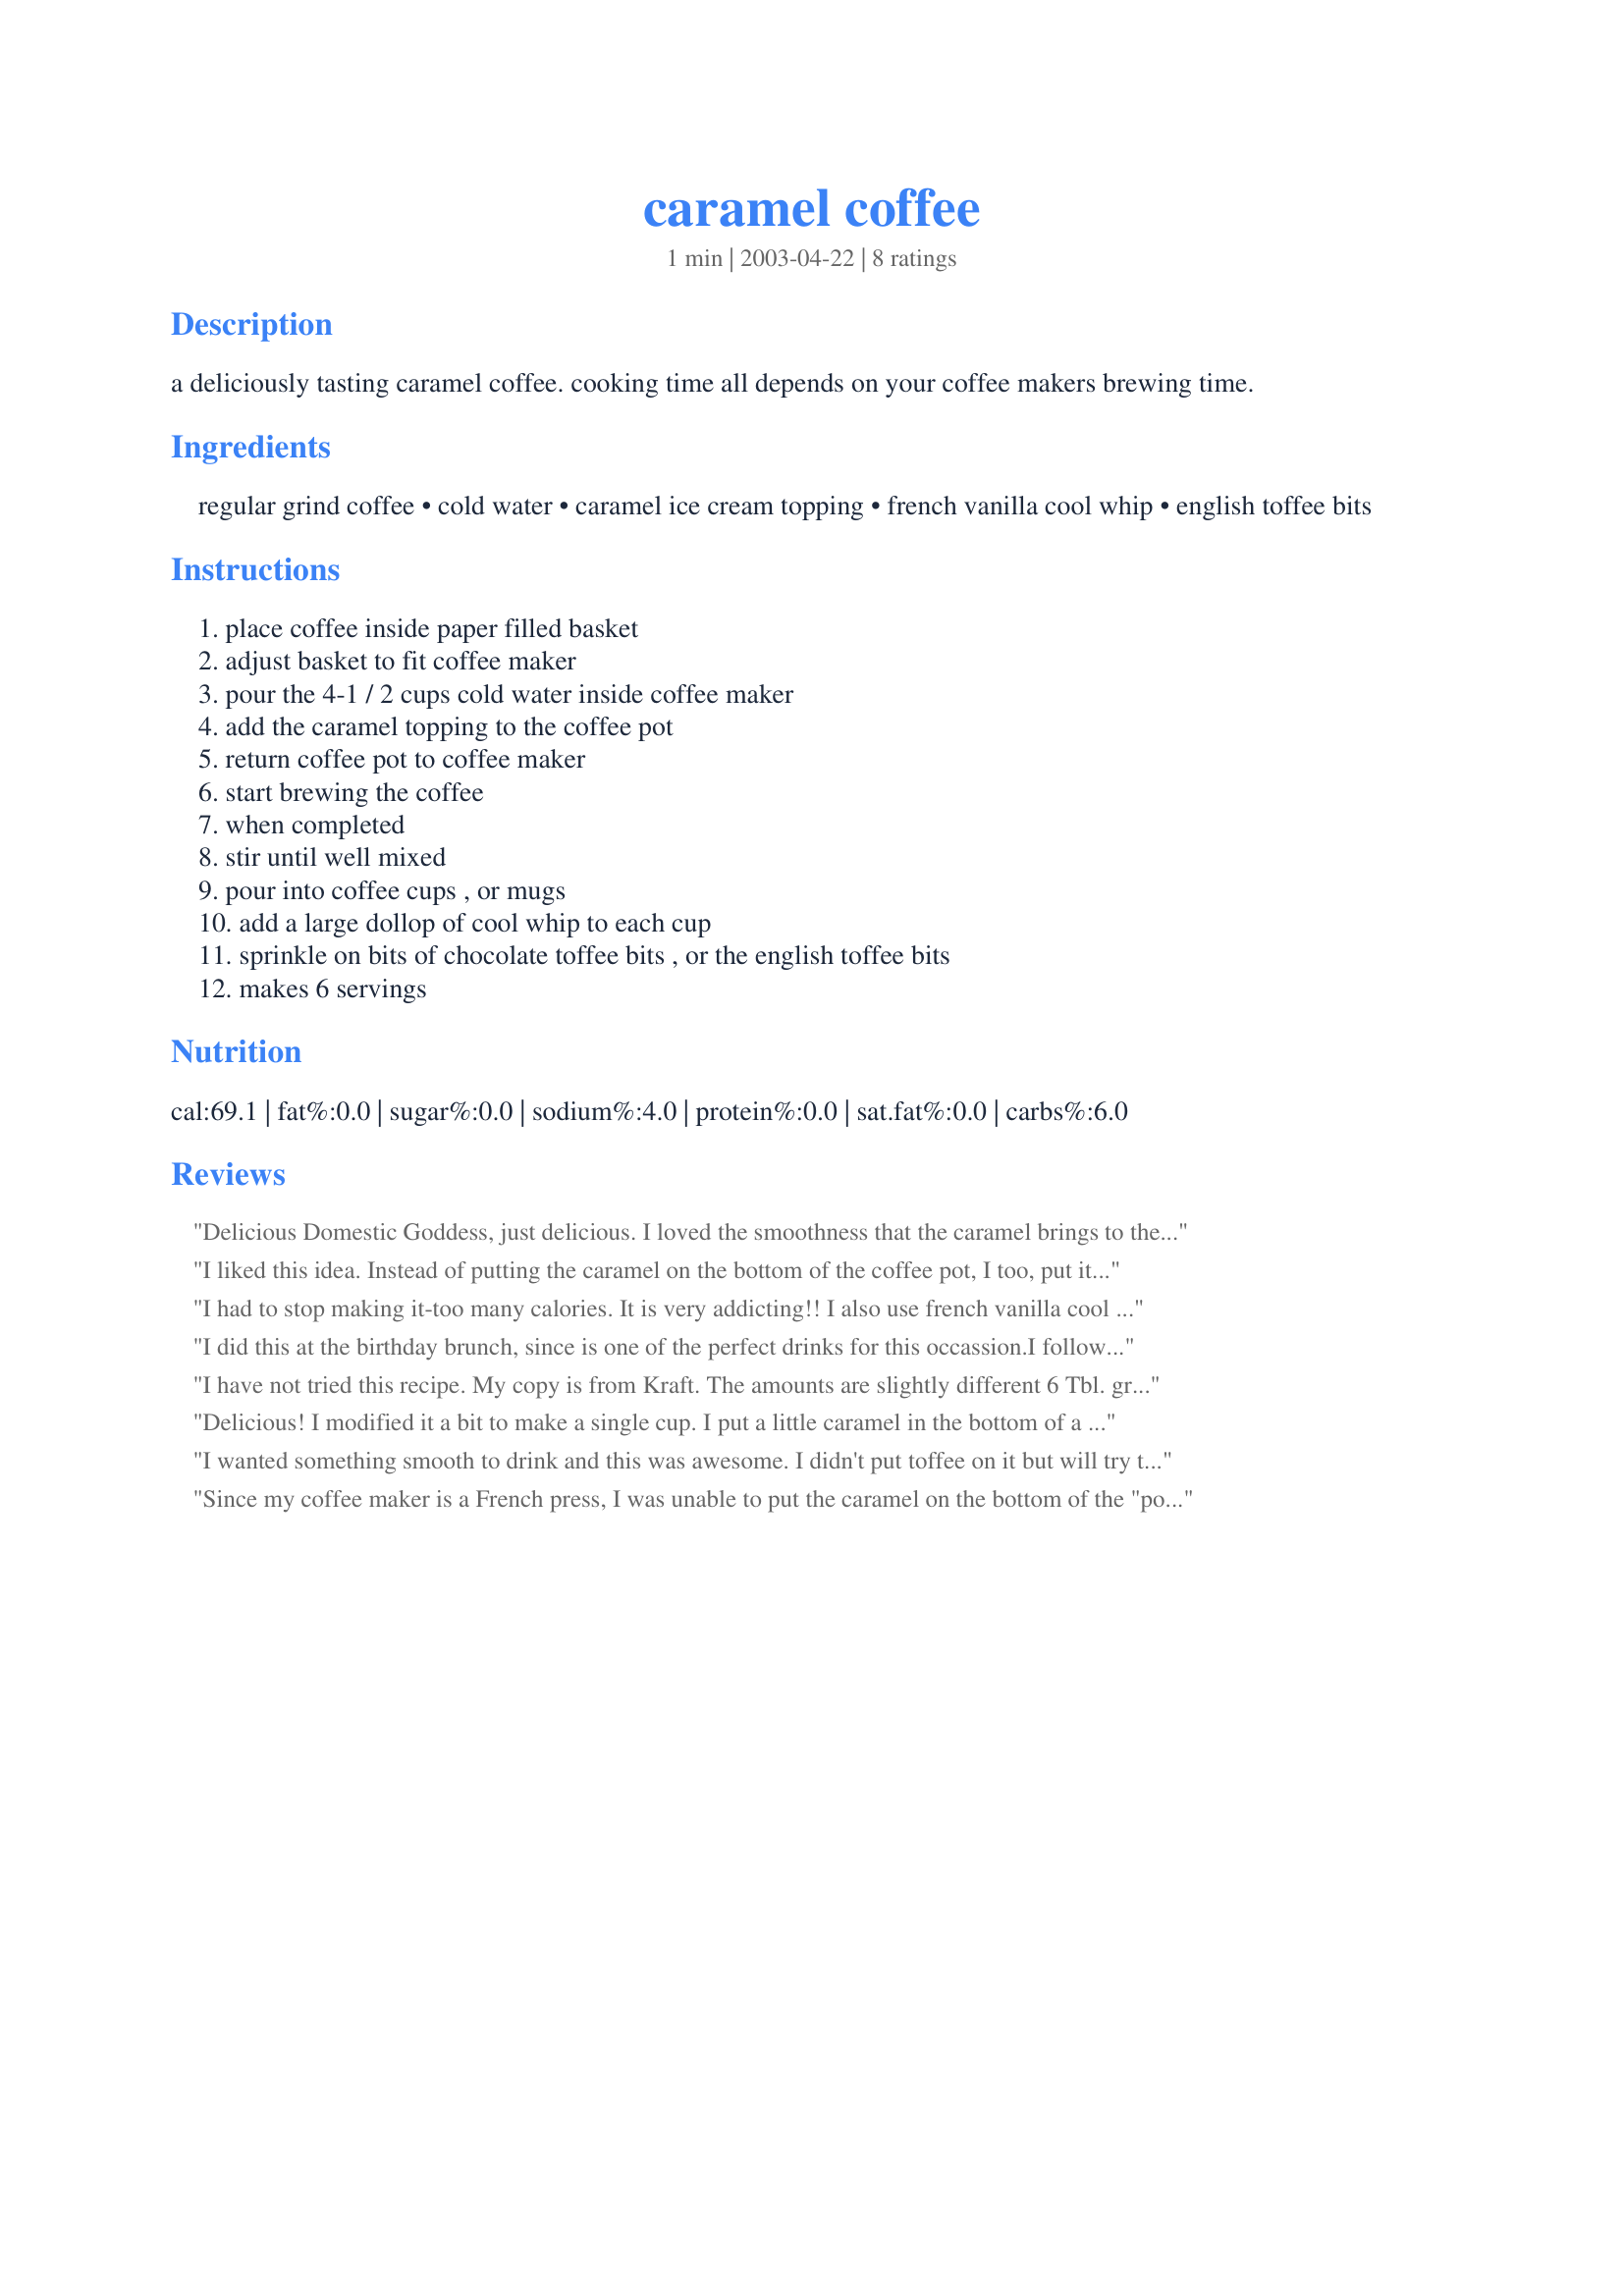
caramel coffee
Preparation time: 1 minutes

a deliciously tasting caramel coffee. cooking time all depends on your coffee makers brewing time.

Ingredients:
regular grind coffee, cold water, caramel ice cream topping, french vanilla cool whip, english toffee bits

Steps:
place coffee inside paper filled basket, adjust basket to fit coffee maker, pour the 4-1 / 2 cups cold water inside coffee maker, add the caramel topping to the coffee pot, return coffee pot to coffee maker, start brewing the coffee, when completed, stir until well mixed, pour into coffee cups , or mugs, add a large dollop of cool whip to each cup, sprinkle on bits of chocolate toffee bits , or the english toffee bits, makes 6 servings

Reviews:
Delicious Domestic Goddess, just delicious. I loved the smoothness that the caramel brings to the coffee. I will be making this quick and easy coffee often. I rimmed the glass with caramel than dipped it in white sugar and garnished the finished drink with a drizzle of additional caramel and sprinkled on toffee bits. What a wonderful dessert this makes. Thanks so much for sharing.
I liked this idea. Instead of putting the caramel on the bottom of the coffee pot, I too, put it in the cup then poured the hot coffee into it. It came out very good. Thanks DG!
I had to stop making it-too many calories. It is very addicting!! I also use french vanilla cool whip. great recipe and easy to make
I did this at the birthday brunch, since is one of the perfect drinks for this occassion.I followed the recipe to the tee, but it just didn't work. So I chose a option that will fit my starbucks skills...lol (I did work there). I put the caramel in the actual serving cups, I drizzle it all in the cup, then pour regular brewed coffee in the cups, and the added a little more caramel. Then I top it off with the french vanilla whip cream and toffee bits and it was delish!!
I have not tried this recipe. My copy is from Kraft. The amounts are slightly different 6 Tbl. ground Maxwell House or Yuban coffee (any variety), 3/4 cup Cool Whip whipped topping, and 2 Tbl chocolate-covered Toffee - chopped (opt). The rest is the same. Thanks for posting. Christine (internetnut)
Delicious! I modified it a bit to make a single cup. I put a little caramel in the bottom of a mug, instant coffee and boiling water. I did use a couple packets of sweetner along with the caramel, cool whip and toffee bits. Thanks for a great recipe, DG!
I wanted something smooth to drink and this was awesome. I didn't put toffee on it but will try that next time. I also used whipcream as opposed to cool whip. Thank you DG for a great recipe that I will make again.
Since my coffee maker is a French press, I was unable to put the caramel on the bottom of the "pot" so I also placed the caramel in the bottom of my cup. I also drizzled the caramel on the top of the whip cream since I neglected to buy the toffee bits. Made for Comfort Cafe Summer 2009.
